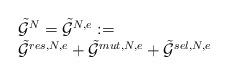
LaTeX: \begin{align*}\begin{array}{l}\tilde{\mathcal{G}}^N=\tilde{\mathcal{G}}^{N,e}:=\\\tilde{\mathcal{G}}^{res,N,e}+\tilde{\mathcal{G}}^{mut,N,e}+\tilde{\mathcal{G}}^{sel,N,e}\end{array}\end{align*}